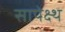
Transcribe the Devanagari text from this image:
सापेक्ष्थ